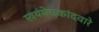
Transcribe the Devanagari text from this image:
स्वयंसेवकांदवारे